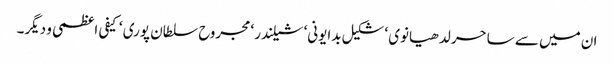
ان میں سے ساحر لدھیانوی ‘ شکیل بدایونی‘ شیلندر ‘ مجروح سلطان پوری ‘ کیفی اعظمی و دیگر۔